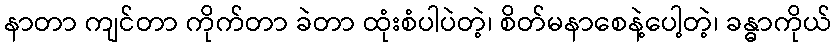
နာတာ ကျင်တာ ကိုက်တာ ခဲတာ ထုံးစံပါပဲတဲ့၊ စိတ်မနာစေနဲ့ပေါ့တဲ့၊ ခန္ဓာကိုယ်